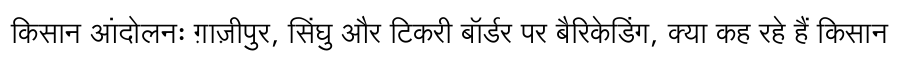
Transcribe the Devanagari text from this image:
किसान आंदोलनः ग़ाज़ीपुर, सिंघु और टिकरी बॉर्डर पर बैरिकेडिंग, क्या कह रहे हैं किसान